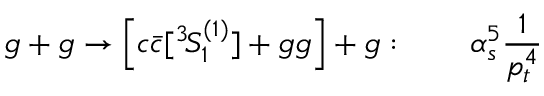
g + g \to \left[ c \bar { c } [ { } ^ { 3 } \! S _ { 1 } ^ { ( 1 ) } ] + g g \right] + g : \qquad \alpha _ { s } ^ { 5 } \frac { 1 } { p _ { t } ^ { 4 } }